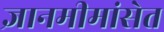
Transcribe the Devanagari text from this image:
ज्ञानमीमांसेत